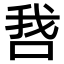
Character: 𫪋